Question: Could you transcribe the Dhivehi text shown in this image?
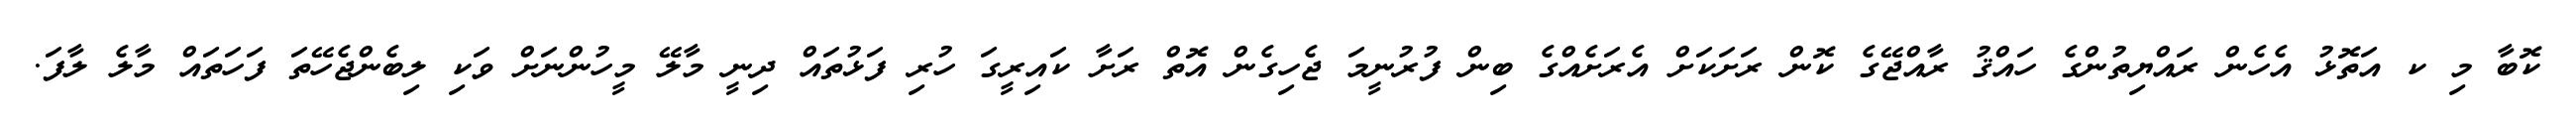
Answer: ކޮބާ މި ކ އަތޮޅު އެހެން ރައްޔިތުންގެ ހައްޤު ރާއްޖޭގެ ކޮން ރަށަކަށް އެރަށެއްގެ ބިން ފުރުނީމަ ޖެހިގެން އޮތް ރަށާ ކައިރީގަ ހުރި ފަޅުތައް ދިނީ މާލޭ މީހުންނަށް ވަކި ލިބެންޖެހޭތަ ފަހަތައް މާލެ ލާފަ.